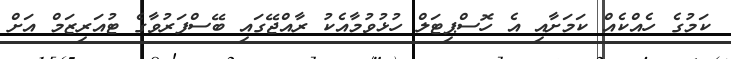
ކަމުގެ ހެއްކެއް ކަމަށާއި އެ ހޮސްޕިޓަލް ހުޅުވުމާއެކު ރާއްޖޭގައި ބޭސްފަރުވާގެ ޓުއަރިޒަމް އަށް